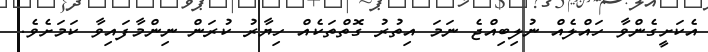
އެކަށީގެންވާ ހައްލެއް ނުލިބިއްޖެ ނަމަ އިތުރު ގޮތްތަކެއް ހިޔާރު ކުރަން ނިންމާފައިވާ ކަމަށެވެ.